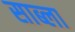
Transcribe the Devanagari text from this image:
साब्ला